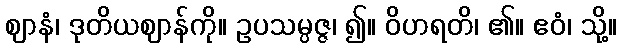
ဈာနံ၊ ဒုတိယဈာန်ကို။ ဥပသမ္ပဇ္ဇ၊ ၍။ ဝိဟရတိ၊ ၏။ ဧဝံ၊ သို့။